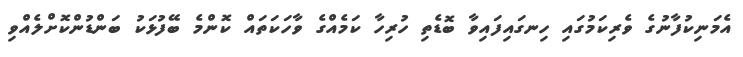
އެމަނިކުފާނުގެ ވެރިކަމުގައި ހިނގައިފައިވާ ބޮޑެތި ހުރިހާ ކަމެއްގެ ވާހަކަތައް ކޮންމެ ބޭފުޅަކު ބަންޑުންކޮށްލެއްވި